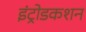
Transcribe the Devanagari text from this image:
इंट्रोडकशन